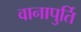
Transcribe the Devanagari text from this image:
वानापुर्ति